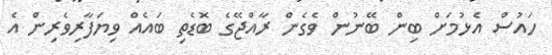
ހައުސް އެޅުމަށް ބިން ބޭނުން ވެގެން ރާއްޖޭގެ ބޮޑެތި ބައެއް ވިޔަފާރިވެރިން އެ